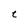
Character: t